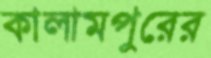
কালামপুরের